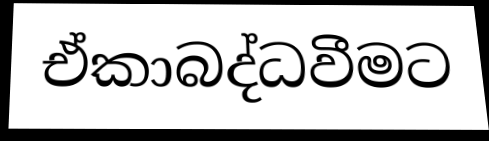
ඒකාබද්ධවීමට